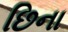
છિના